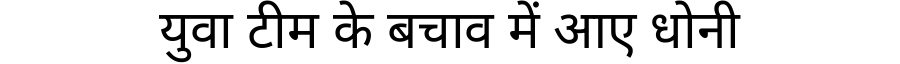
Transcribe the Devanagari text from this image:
युवा टीम के बचाव में आए धोनी